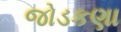
જોડકણા